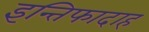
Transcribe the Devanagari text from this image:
इन्तिफादाह